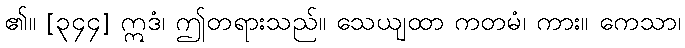
၏။ [၃၄၄] ဣဒံ၊ ဤတရားသည်။ သေယျထာ ကတမံ၊ ကား။ ကေသာ၊